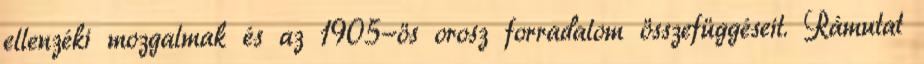
ellenzéki mozgalmak és az 1905-ös orosz forradalom összefüggéseit. Rámutat